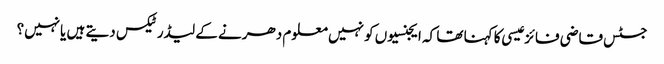
جسٹس قاضی فائز عیسی کا کہنا تھا کہ ایجنسیوں کو نہیں معلوم دھرنے کے لیڈرٹیکس دیتے ہیں یانہیں؟